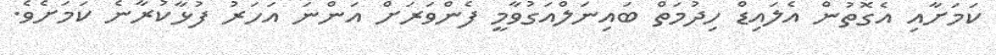
ކަމަށާއި އެގޮތުން އެލައިޑް ހިދުމަތް ބައިނަލްއަގުވާމީ ފެންވަރަށް އަންނަ އަހަރު ފުޅާކުރާނެ ކަމަށެވެ.